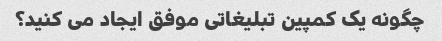
چگونه یک کمپین تبلیغاتی موفق ایجاد می کنید؟